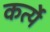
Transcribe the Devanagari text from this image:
कर्त्ये